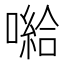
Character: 𱔲